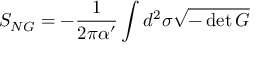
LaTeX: S _ { N G } = - { \frac { 1 } { 2 \pi \alpha ^ { \prime } } } \int d ^ { 2 } \sigma \sqrt { - \operatorname * { d e t } G }